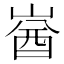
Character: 𡺚